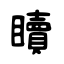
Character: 𥌚